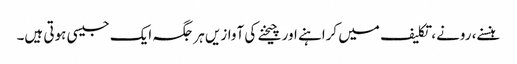
ہنسنے، رونے، تکلیف میں کراہنے اور چیخنے کی آوازیں ہر جگہ ایک جیسی ہوتی ہیں۔